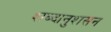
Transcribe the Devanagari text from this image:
शब्दानुशसन